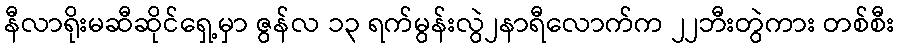
နီလာရိုးမဆီဆိုင်ရှေ့မှာ ဇွန်လ ၁၃ ရက်မွန်းလွဲ၂နာရီလောက်က ၂၂ဘီးတွဲကား တစ်စီး